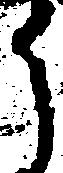
う